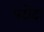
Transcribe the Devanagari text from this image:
पटोदा